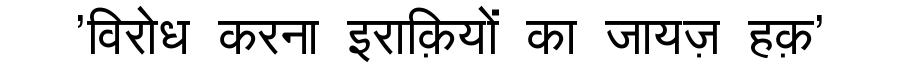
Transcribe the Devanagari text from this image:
'विरोध करना इराक़ियों का जायज़ हक़'